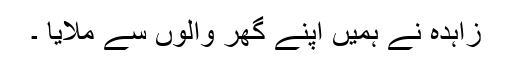
زاہدہ نے ہمیں اپنے گھر والوں سے ملایا ۔